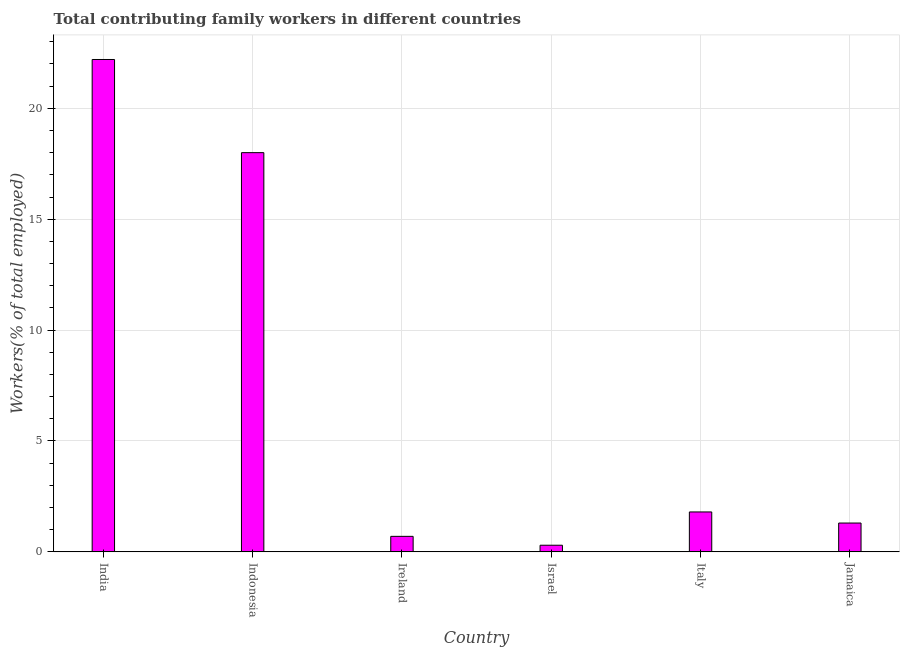
| Country | Contributing family workers |
 | --- | --- |
 | India | 22.2 |
 | Indonesia | 18 |
 | Ireland | 0.7 |
 | Israel | 0.3 |
 | Italy | 1.8 |
 | Jamaica | 1.3 |